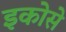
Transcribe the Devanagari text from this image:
इकोसे